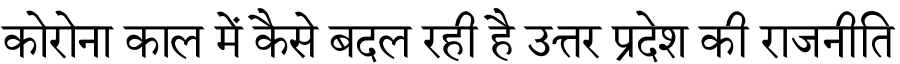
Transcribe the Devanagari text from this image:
कोरोना काल में कैसे बदल रही है उत्तर प्रदेश की राजनीति